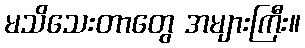
မသိသေးတာတွေ အများကြီး။